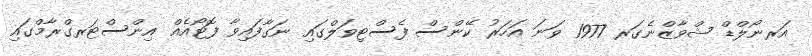
އަރނޯލްޑް ޝްވާޒްނެގަރ 1977 ވަނަ އަހަރު ކޭންސް ފެސްޓިވަލްގައި ނަގާފައިވާ ފޮޓޯއެއް އިންސްޓަރގްރާމްގައި